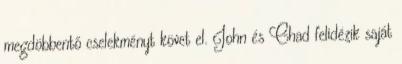
megdöbbentő cselekményt követ el. John és Chad felidézik saját